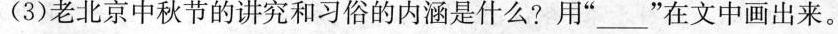
(3)老北京中秋节的讲究和习俗的内涵是什么?用”___”在文中画出来。